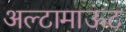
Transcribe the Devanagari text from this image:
अल्टामाऊंट